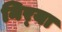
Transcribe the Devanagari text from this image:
निर्‍या